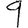
Digit: 9